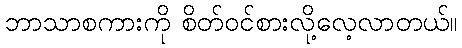
ဘာသာစကားကို စိတ်ဝင်စားလို့လေ့လာတယ်။